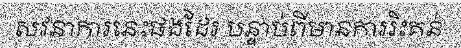
សវនាការនេះផងដែរ បន្ទាប់ពីមានការរិះគន់